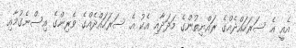
އެއީ އެ ސަރަހައްދެއްގެ ރައްޔިތުންގެ މަދަދާއި އެކު އެ ސަރަހައްދެއްގެ ވެރިންގެ އިސްނެގުމާއި